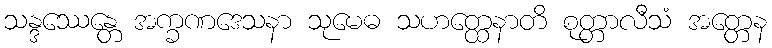
သန္ဒဿေန္တေ အက္ခဏဒေသနာ သုမေဓ သဟတ္ထေနာတိ စုတ္တာလီသံ အတ္တေန